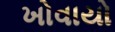
ખોવાયો